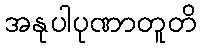
အနုပါပုဏာတူတိ